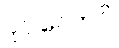
ပုဂ္ဂလောပိ